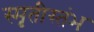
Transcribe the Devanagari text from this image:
स्मृतीस्तंभ